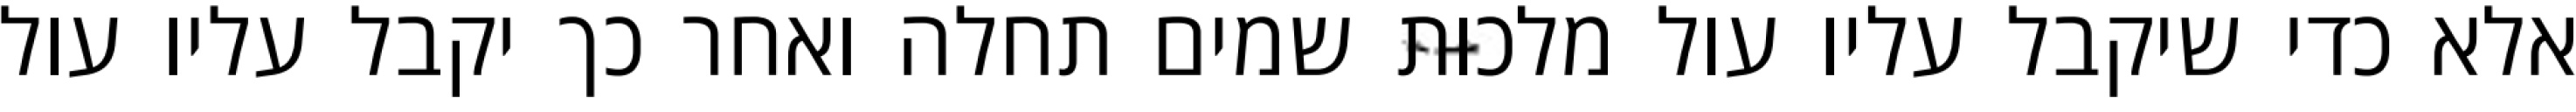
אלא כדי שיקבל עליו עול מלכות שמים תחלה ואחר כך יקבל עליו עול